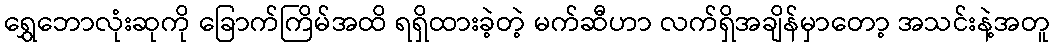
ရွှေဘောလုံးဆုကို ခြောက်ကြိမ်အထိ ရရှိထားခဲ့တဲ့ မက်ဆီဟာ လက်ရှိအချိန်မှာတော့ အသင်းနဲ့အတူ